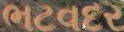
ભટવદર